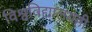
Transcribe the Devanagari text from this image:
विश्वविद्यालयही